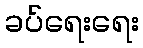
ခပ်ရေးရေး